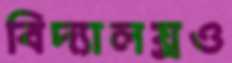
বিদ্যালয়্রও